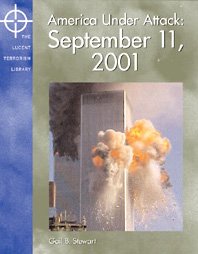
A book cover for America Under Attack: September 11, 2001 (The Lucent Terrorism Library); Gail B. Stewart; Teen & Young Adult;